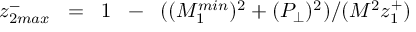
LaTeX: z _ { 2 m a x } ^ { - } \; \; = \; \; 1 \; \; - \; \; ( ( M _ { 1 } ^ { m i n } ) ^ { 2 } + ( P _ { \perp } ) ^ { 2 } ) / ( M ^ { 2 } z _ { 1 } ^ { + } ) \; \;